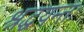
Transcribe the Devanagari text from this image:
श्रद्धयन्तः